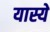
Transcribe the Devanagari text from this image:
यास्ये